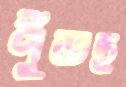
পুঁতছ